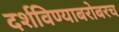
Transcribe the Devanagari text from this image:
दर्शविण्याबरोबरच